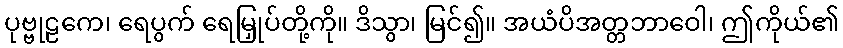
ပုဗ္ဗုဠကေ၊ ရေပွက် ရေမြှုပ်တို့ကို။ ဒိသွာ၊ မြင်၍။ အယံပိအတ္တဘာဝေါ၊ ဤကိုယ်၏